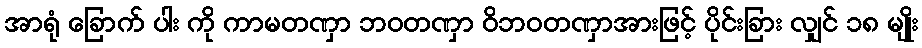
အာရုံ ခြောက် ပါး ကို ကာမတဏှာ ဘဝတဏှာ ဝိဘဝတဏှာအားဖြင့် ပိုင်းခြား လျှင် ၁၈ မျိုး